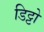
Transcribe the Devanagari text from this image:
डिट्टो